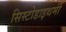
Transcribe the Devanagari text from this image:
सिस्टोडाइथर्मी